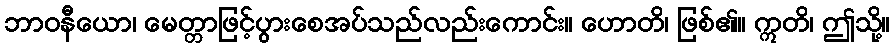
ဘာဝနီယော၊ မေတ္တာဖြင့်ပွားစေအပ်သည်လည်းကောင်း။ ဟောတိ၊ ဖြစ်၏။ ဣတိ၊ ဤသို့။